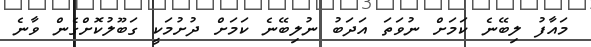
މައާފު ލިބޭނެ ކަމަށް ނުވަތަ އަދަބު ނުލިބޭނެ ކަމަށް ދުށުމަކީ ގަބޫލުކޮށްގެން ވާނެ